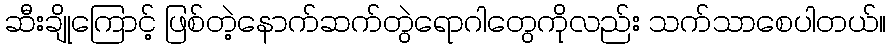
ဆီးချိုကြောင့် ဖြစ်တဲ့နောက်ဆက်တွဲရောဂါတွေကိုလည်း သက်သာစေပါတယ်။